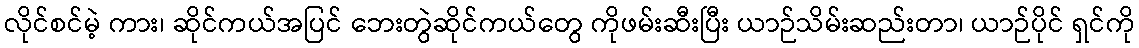
လိုင်စင်မဲ့ ကား၊ ဆိုင်ကယ်အပြင် ဘေးတွဲဆိုင်ကယ်တွေ ကိုဖမ်းဆီးပြီး ယာဉ်သိမ်းဆည်းတာ၊ ယာဉ်ပိုင် ရှင်ကို